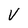
Character: V